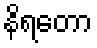
နိရတော